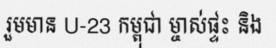
រួមមាន U-23 កម្ពុជា ម្ចាស់ផ្ទះ និង